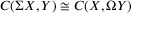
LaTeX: C ( \Sigma X , Y ) \cong C ( X , \Omega Y )